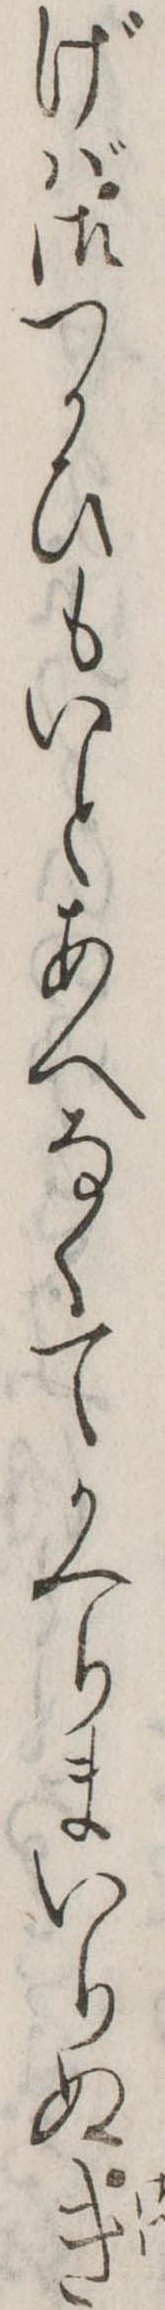
げば御つかひもいとあへなくてかへりまいりぬき